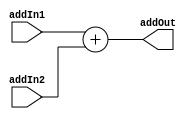
module Adder(
	input [16:0] addIn1, addIn2,
	output reg [16:0] addOut);
	
	
	always @ (*)
		
		addOut = addIn1 +	addIn2;
endmodule